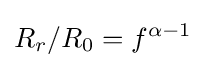
R_{r}/R_{0}=f^{\alpha -1}